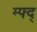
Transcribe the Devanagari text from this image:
म्फ्द्